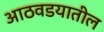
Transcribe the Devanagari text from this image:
आठवडयातील